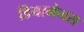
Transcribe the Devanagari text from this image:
डियामेनस